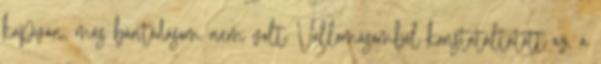
kapván, más bántódásom nem volt. Vallomásomból konstatáltatott az, a